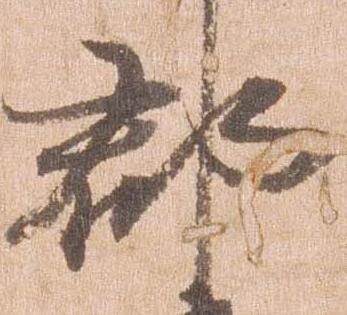
郡